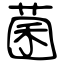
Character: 菌